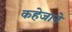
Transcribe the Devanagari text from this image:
कहेजाने